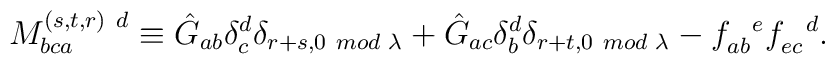
M_{bca}^{(s,t,r) \ d} \equiv \hat{G}_{ab} \delta_c^d \delta_{r+s,0\hspace{.05in}mod\hspace{.04in}\lambda} + \hat{G}_{ac} \delta_b^d \delta_{r+t,0\hspace{.05in}mod\hspace{.04in}\lambda} -f_{ab}^{\ \ e}f_{ec}^{\ \ d}.